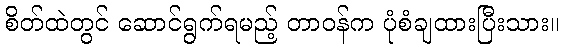
စိတ်ထဲတွင် ဆောင်ရွက်ရမည့် တာဝန်က ပုံစံချထားပြီးသား။